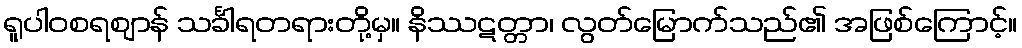
ရူပါဝစရဈာန် သင်္ခါရတရားတို့မှ။ နိဿဋတ္တာ၊ လွတ်မြောက်သည်၏ အဖြစ်ကြောင့်။